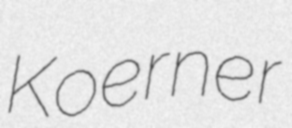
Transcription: Koerner